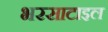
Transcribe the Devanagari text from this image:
भरसाटाइल